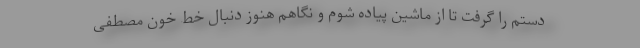
دستم را گرفت تا از ماشین پیاده شوم و نگاهم هنوز دنبال خط خون مصطفی